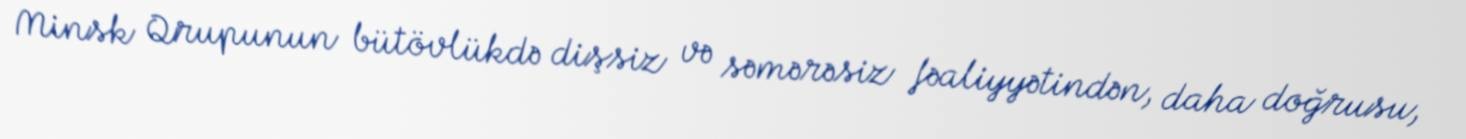
Minsk Qrupunun bütövlükdə dişsiz və səmərəsiz fəaliyyətindən, daha doğrusu,